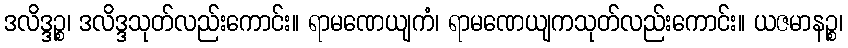
ဒလိဒ္ဒဉ္စ၊ ဒလိဒ္ဒသုတ်လည်းကောင်း။ ရာမဏေယျကံ၊ ရာမဏေယျကသုတ်လည်းကောင်း။ ယဇမာနဉ္စ၊